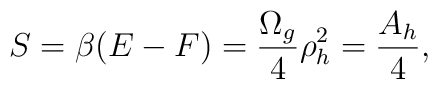
S=\beta (E-F) = {\Omega_g\over 4}\rho_h^2 = {A_h\over 4},